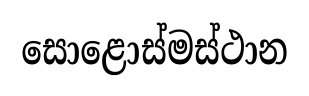
සොළොස්මස්ථාන